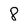
Character: 8